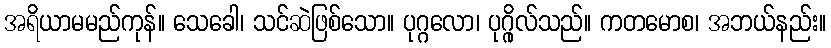
အရိယာမမည်ကုန်။ သေခေါ၊ သင်ဆဲဖြစ်သော။ ပုဂ္ဂလော၊ ပုဂ္ဂိုလ်သည်။ ကတမောစ၊ အဘယ်နည်း။